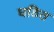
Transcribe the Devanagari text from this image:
घठित